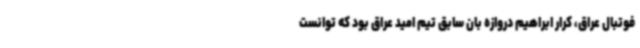
فوتبال عراق، کرار ابراهیم دروازه بان سابق تیم امید عراق بود که توانست